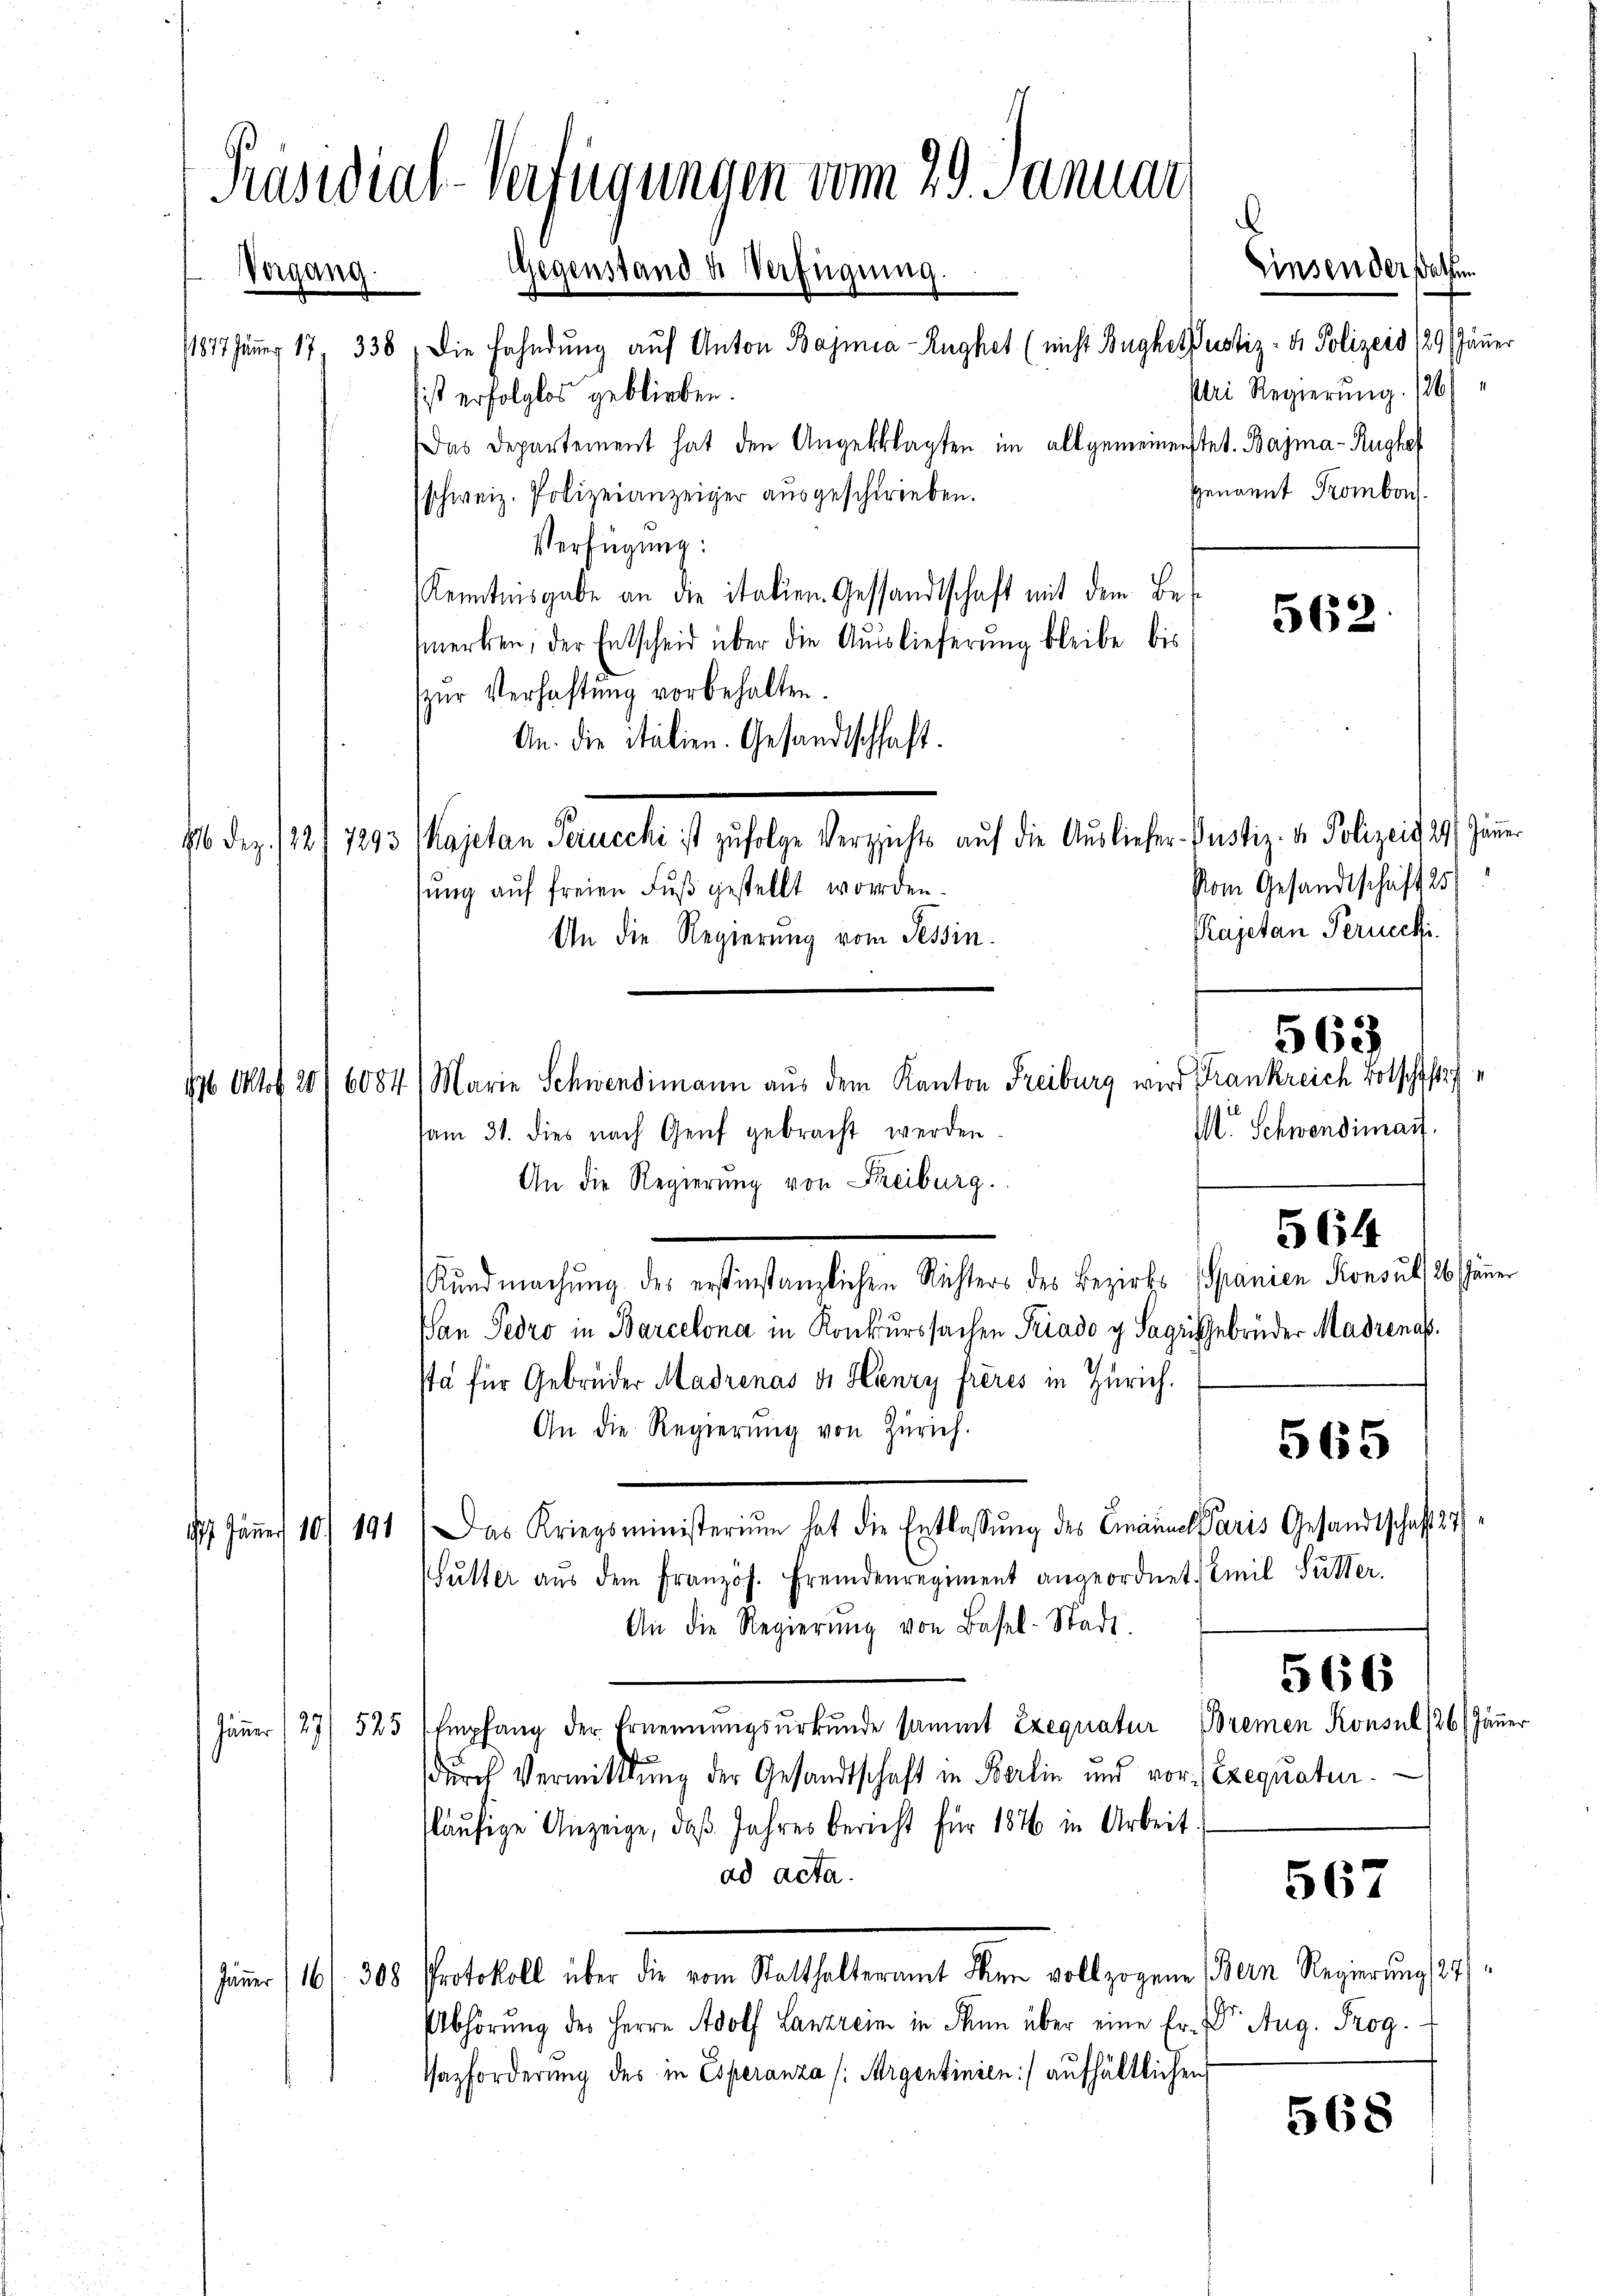
Praswial-Verfügungen vom 29. Januar
Vergang. Gegenstand u. Verfügung.

/1877 Juny 17, 338, die Fahndŭng auf Anton Bajmia-Zughet (nicht Bugher Justiz- & Polizeid 29 Jänner
sist erfolglos geblieben.
Das Departement hat den Angeklagten im allgemeinenstet. Bajma-Rughe
Genannt Trombon.
schweiz. Polizeianzeiger ausgeschrieben.
Verfügung:
Kenntnisgabe an die italien Gesandtschaft mit dem Bemerken, der Entscheid über die Auslieferung bleibe bis
zŭr Verhaftung vorbehalten.
An. die italien. Gesandtschaft.
16 des 1241 1893 Majetan Peruecke ist zufolge Verziehe auf die Ausliefer Justiz- u. Polizeit 14. Jänn
Vom Gesandtschaft 25
sung auf freien Fuß gestellt worden.
Kajetan Peruecki.
An die Regierung vom Tessin.
196 Oktof 20/6084 1 Marie Schwendimann aus dem Kanton Freiburg wird Frankreich Botschaft
sam 31. dies nach Genf gebracht werden
An die Regierung von Freiburg.
Kundmachung des erstinstanzlichen Richters des Bezirks- (Granien Konsul, 26. Jänner
Pan Pero in Barcelona in Konkurssachen Priado g. Sageigebrüder Madrenas
sta für Gebrüder Madrenas v. Henry frères in Zürich.
An die Regierŭng von Zürich.
565
17. Jäṅer 10. 191. Das Kriegsministerium hat die Entlassŭng des Emanuel Paris Gesandtschaft 271
Mŭtter aŭs dem Französ. Fremdenregiment angeordnet. Emil Fütter.
An die Regierŭng von Basel-Stadt.
566
Jänner 127/ 525 (Empfang der Ernennungsurkunde sammt Exequatur Bremen Konsul (26 (Jänner
durch Vermittlung der Gesandtschaft in Berlin und vor. Exequatursläufige Anzeige, daß Jahres bericht für 1876 in Arbeit.
ad acta.
567
Jänner (161. 308 Protokoll über die vom Statthalteramt den vollzogene Bern Regierŭng (24/
Abhörung des Herrn Adolf Lanzrein in Rum über eine Er- Dr. Aug. Prog
Vazforderung des in Esperanza (Argentinien) aufhältlichen
568

Plei Regierung. 1261

a

562.

M. Schwendimant.
564

563